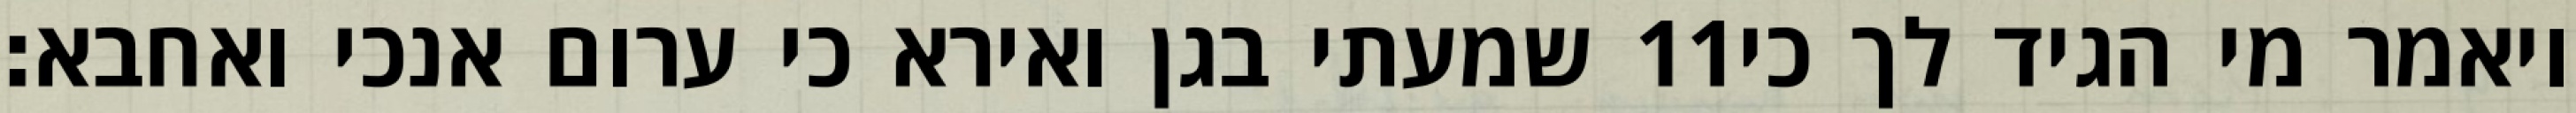
שמעתי בגן ואירא כי ערום אנכי ואחבא׃ ‎11‏ ויאמר מי הגיד לך כי